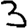
Digit: 3